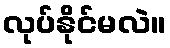
လုပ်နိုင်မလဲ။